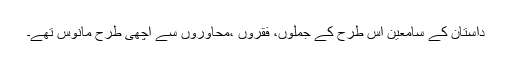
داستان کے سامعین اس طرح کے جملوں، فقروں ،محاوروں سے اچھی طرح مانوس تھے۔